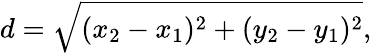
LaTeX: d={\sqrt{(x_{2}-x_{1})^{2}+(y_{2}-y_{1})^{2}}},